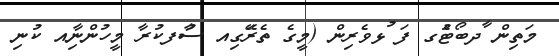
މަތިން ާދބޯޓުެގ ފަ ުޅވެރިން (މީގެ ތެރޭަގިއ ސާުފކުރާ މީހުންނާިއ ކުނި